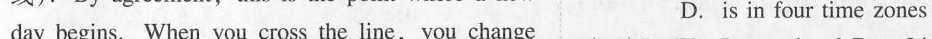
day begins. When you cross the line, you change D.is in four time zones